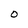
Character: o